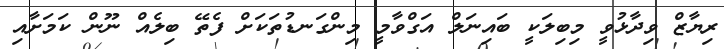
ރިޔާޒް ވިދާޅުވީ މިބިލަކީ ބައިނަލް އަގްވާމީ މިންގަނޑުތަކަށް ފެތޭ ބިލެއް ނޫން ކަމަށާއި